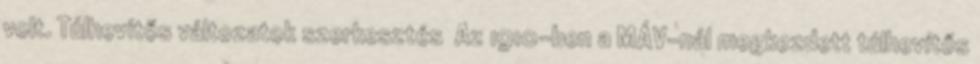
volt. Túlhevítős változatok szerkesztés Az 1910-ben a MÁV-nál megkezdett túlhevítős